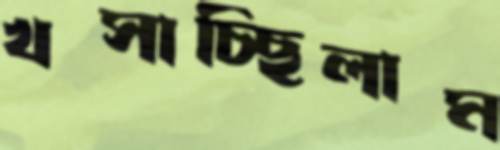
খসাচ্ছিলাম